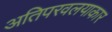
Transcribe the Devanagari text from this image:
अतिपरवलयाकार